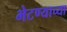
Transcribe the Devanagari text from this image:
भेटण्याच्या